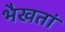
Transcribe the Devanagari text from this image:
भैखतां